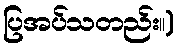
ပြအပ်သတည်း။)